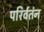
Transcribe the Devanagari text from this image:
परिर्वतंन